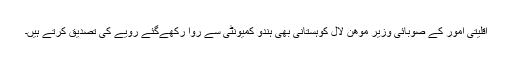
اقلیتی امور کے صوبائی وزیر موھن لال کوہستانی بھی ہندو کمیونٹی سے روا رکھےگئے رویے کی تصدیق کرتے ہیں۔